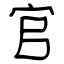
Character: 官